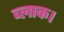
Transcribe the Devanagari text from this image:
ब्‍लाक।